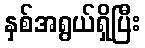
နှစ်အရွယ်ရှိပြီး